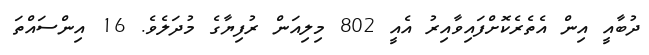
ދުބާއީ އިން އެތެރެކޮށްފައިވާއިރު އެއީ 802 މިލިއަން ރުފިޔާގެ މުދަލެވެ. 16 އިންސައްތަ